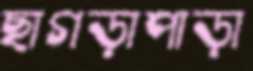
ছাগড়াপাড়া